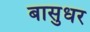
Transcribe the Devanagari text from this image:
बासुधर